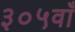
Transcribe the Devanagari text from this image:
३०५वाँ